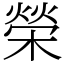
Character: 榮